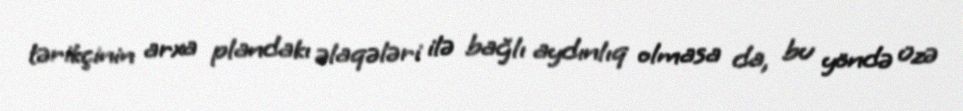
tərikçinin arxa plandakı əlaqələri ilə bağlı aydınlıq olmasa da, bu yöndə üzə